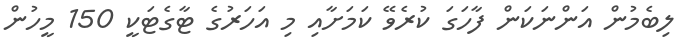
ލިބެމުން އަންނަކަން ފާހަގަ ކުރެވޭ ކަމަށާއި މި އަހަރުގެ ޓާގެޓަކީ 150 މީހުން